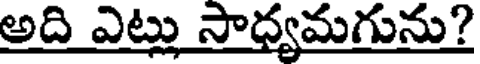
అది ఎట్లు సాధ్యమగును?